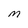
Character: M